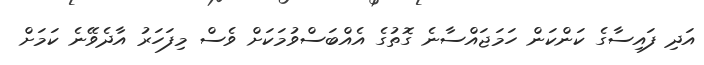
އަދި ފައިސާގެ ކަންކަން ހަމަޖައްސާނެ ގޮތުގެ އެއްބަސްވުމަކަށް ވެސް މިފަހަރު އާދެވޭނެ ކަމަށް